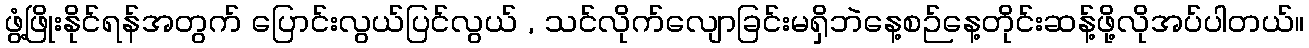
ဖွံ့ဖြိုးနိုင်ရန်အတွက် ပြောင်းလွယ်ပြင်လွယ် , သင်လိုက်လျောခြင်းမရှိဘဲနေ့စဉ်နေ့တိုင်းဆန့်ဖို့လိုအပ်ပါတယ်။